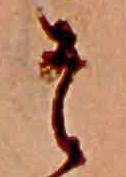
そ